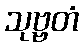
သုဗ္ဗတံ